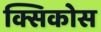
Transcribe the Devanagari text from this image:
क्सिकोस